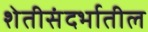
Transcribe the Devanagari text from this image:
शेतीसंदर्भातील